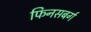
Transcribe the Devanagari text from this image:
फिनसबर्ग